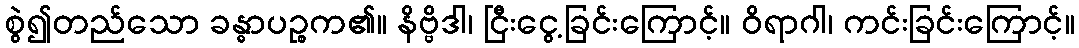
စွဲ၍တည်သော ခန္ဓာပဉ္စက၏။ နိဗ္ဗိဒါ၊ ငြီးငွေ့ခြင်းကြောင့်။ ဝိရာဂါ၊ ကင်းခြင်းကြောင့်။